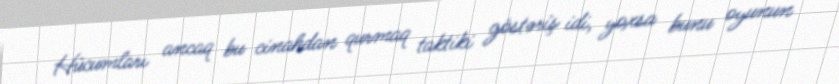
Hücumları ancaq bu cinahdan qurmaq taktiki göstəriş idi, yoxsa bunu oyunun